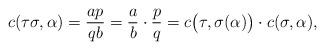
LaTeX: \begin{align*}c(\tau\sigma,\alpha)=\frac{ap}{qb}=\frac{a}{b}\cdot\frac{p}{q}=c\big(\tau,\sigma(\alpha)\big)\cdot c(\sigma,\alpha),\end{align*}